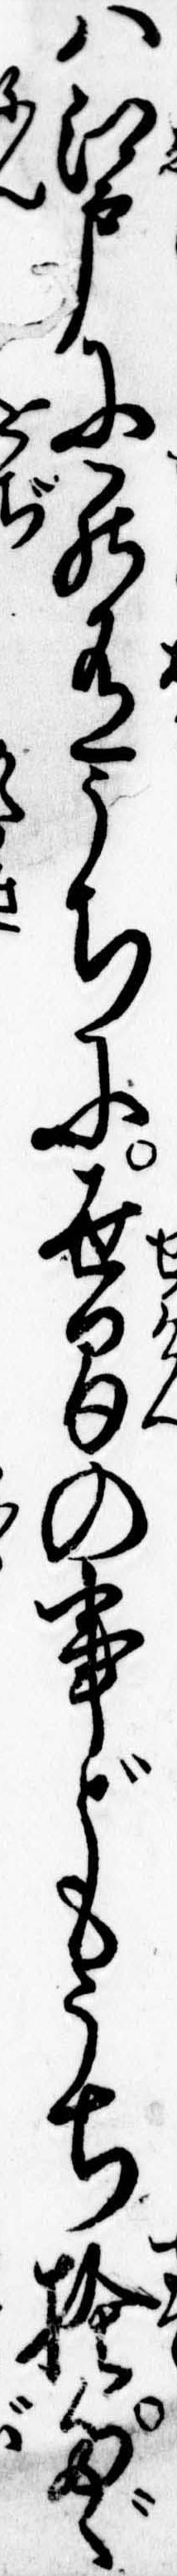
は江戸に罷在うちに世間の事どもうち捨たゞ